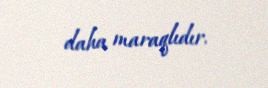
daha maraqlıdır.